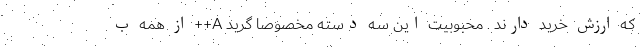
که ارزش خرید دارند . محبوبیت این سه دسته مخصوصا گرید A++ از همه ب